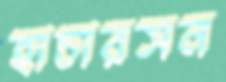
হাচারসন